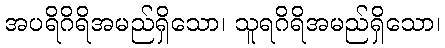
အပရိဂိရိအမည်ရှိသော၊ သူရဂိရိအမည်ရှိသော၊